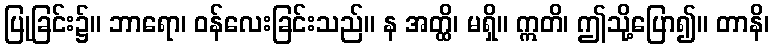
ပြုခြင်း၌။ ဘာရော၊ ဝန်လေးခြင်းသည်။ န အတ္ထိ၊ မရှိ။ ဣတိ၊ ဤသို့ပြော၍။ တာနိ၊